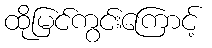
ထိုမြင်ကွင်းကြောင့်